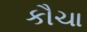
કૌચા